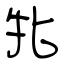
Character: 牝